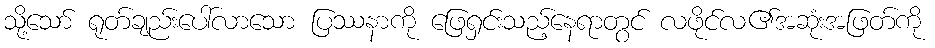
သို့သော် ရုတ်ချည်းပေါ်လာသော ပြဿနာကို ဖြေရှင်းသည့်နေရာတွင် လဖိုင်လ၏အဆုံးအဖြတ်ကို